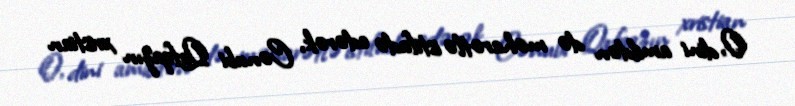
O, dini amildən də məharətlə istifadə edərək, Cənubi Qafqazın xristian